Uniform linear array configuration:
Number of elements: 48
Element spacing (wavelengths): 1
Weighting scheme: blackman
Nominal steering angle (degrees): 0
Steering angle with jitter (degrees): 0.9282
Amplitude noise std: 0.05
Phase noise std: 0.05

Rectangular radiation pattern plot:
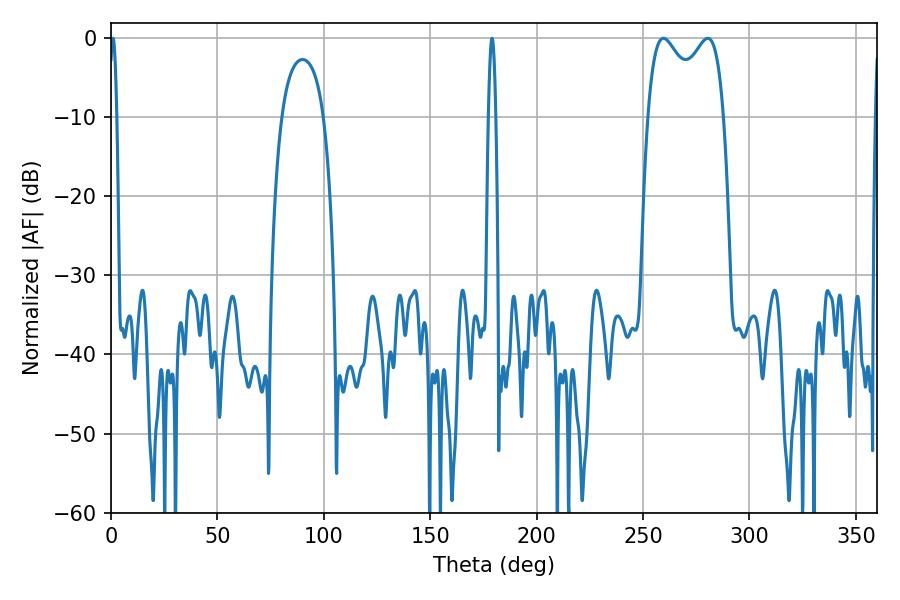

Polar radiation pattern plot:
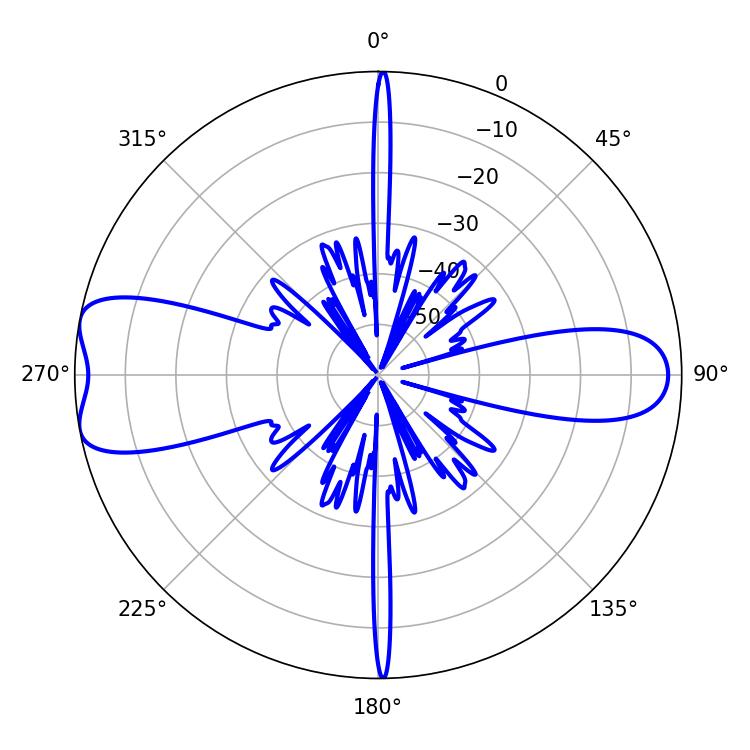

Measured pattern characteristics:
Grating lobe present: TRUE
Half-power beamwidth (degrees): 29.88
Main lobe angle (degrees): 259.56